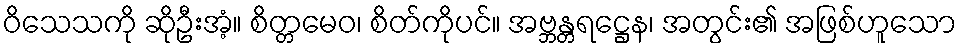
ဝိသေသကို ဆိုဦးအံ့။ စိတ္တမေဝ၊ စိတ်ကိုပင်။ အဗ္ဘန္တရဋ္ဌေန၊ အတွင်း၏ အဖြစ်ဟူသော